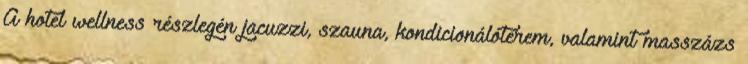
A hotel wellness részlegén jacuzzi, szauna, kondicionálóterem, valamint masszázs